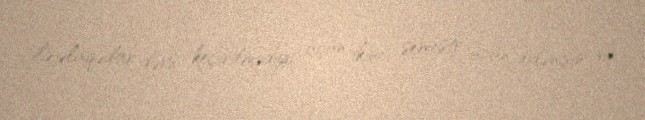
ilə əlaqədar dərs keçirilmədiyi üçün ikinci semestr üçün ödənişin və